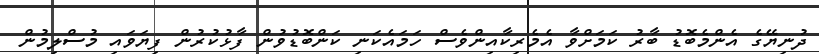
ދުނިޔޭގެ އެންމެބޮޑު ބާރު ކަމަށްވާ އެމެރިކާއިންވެސް ހަމައެކަނި ކަންބޮޑުވުން ފާޅުކުރުން ފިޔަވައި މުސްލިމުން